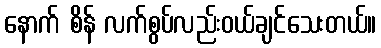
နောက် စိန် လက်စွပ်လည်းဝယ်ချင်သေးတယ်။